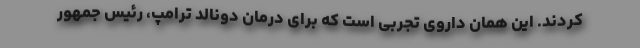
کردند. این همان داروی تجربی است که برای درمان دونالد ترامپ، رئیس جمهور